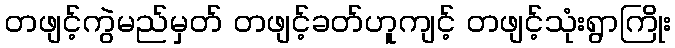
တဖျင့်ကွဲမည်မှတ် တဖျင့်ခတ်ဟူကျင့် တဖျင့်သုံးရွာကြိုး